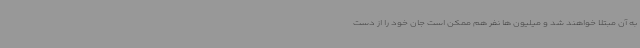
به آن مبتلا خواهند شد و میلیون ها نفر هم ممکن است جان خود را از دست